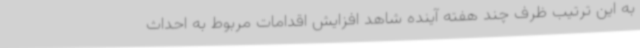
به این ترتیب ظرف چند هفته آینده شاهد افزایش اقدامات مربوط به احداث